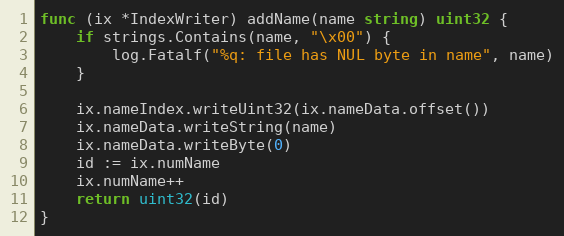
Language: Go
func (ix *IndexWriter) addName(name string) uint32 {
	if strings.Contains(name, "\x00") {
		log.Fatalf("%q: file has NUL byte in name", name)
	}

	ix.nameIndex.writeUint32(ix.nameData.offset())
	ix.nameData.writeString(name)
	ix.nameData.writeByte(0)
	id := ix.numName
	ix.numName++
	return uint32(id)
}